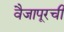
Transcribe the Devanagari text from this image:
वैजापूरची